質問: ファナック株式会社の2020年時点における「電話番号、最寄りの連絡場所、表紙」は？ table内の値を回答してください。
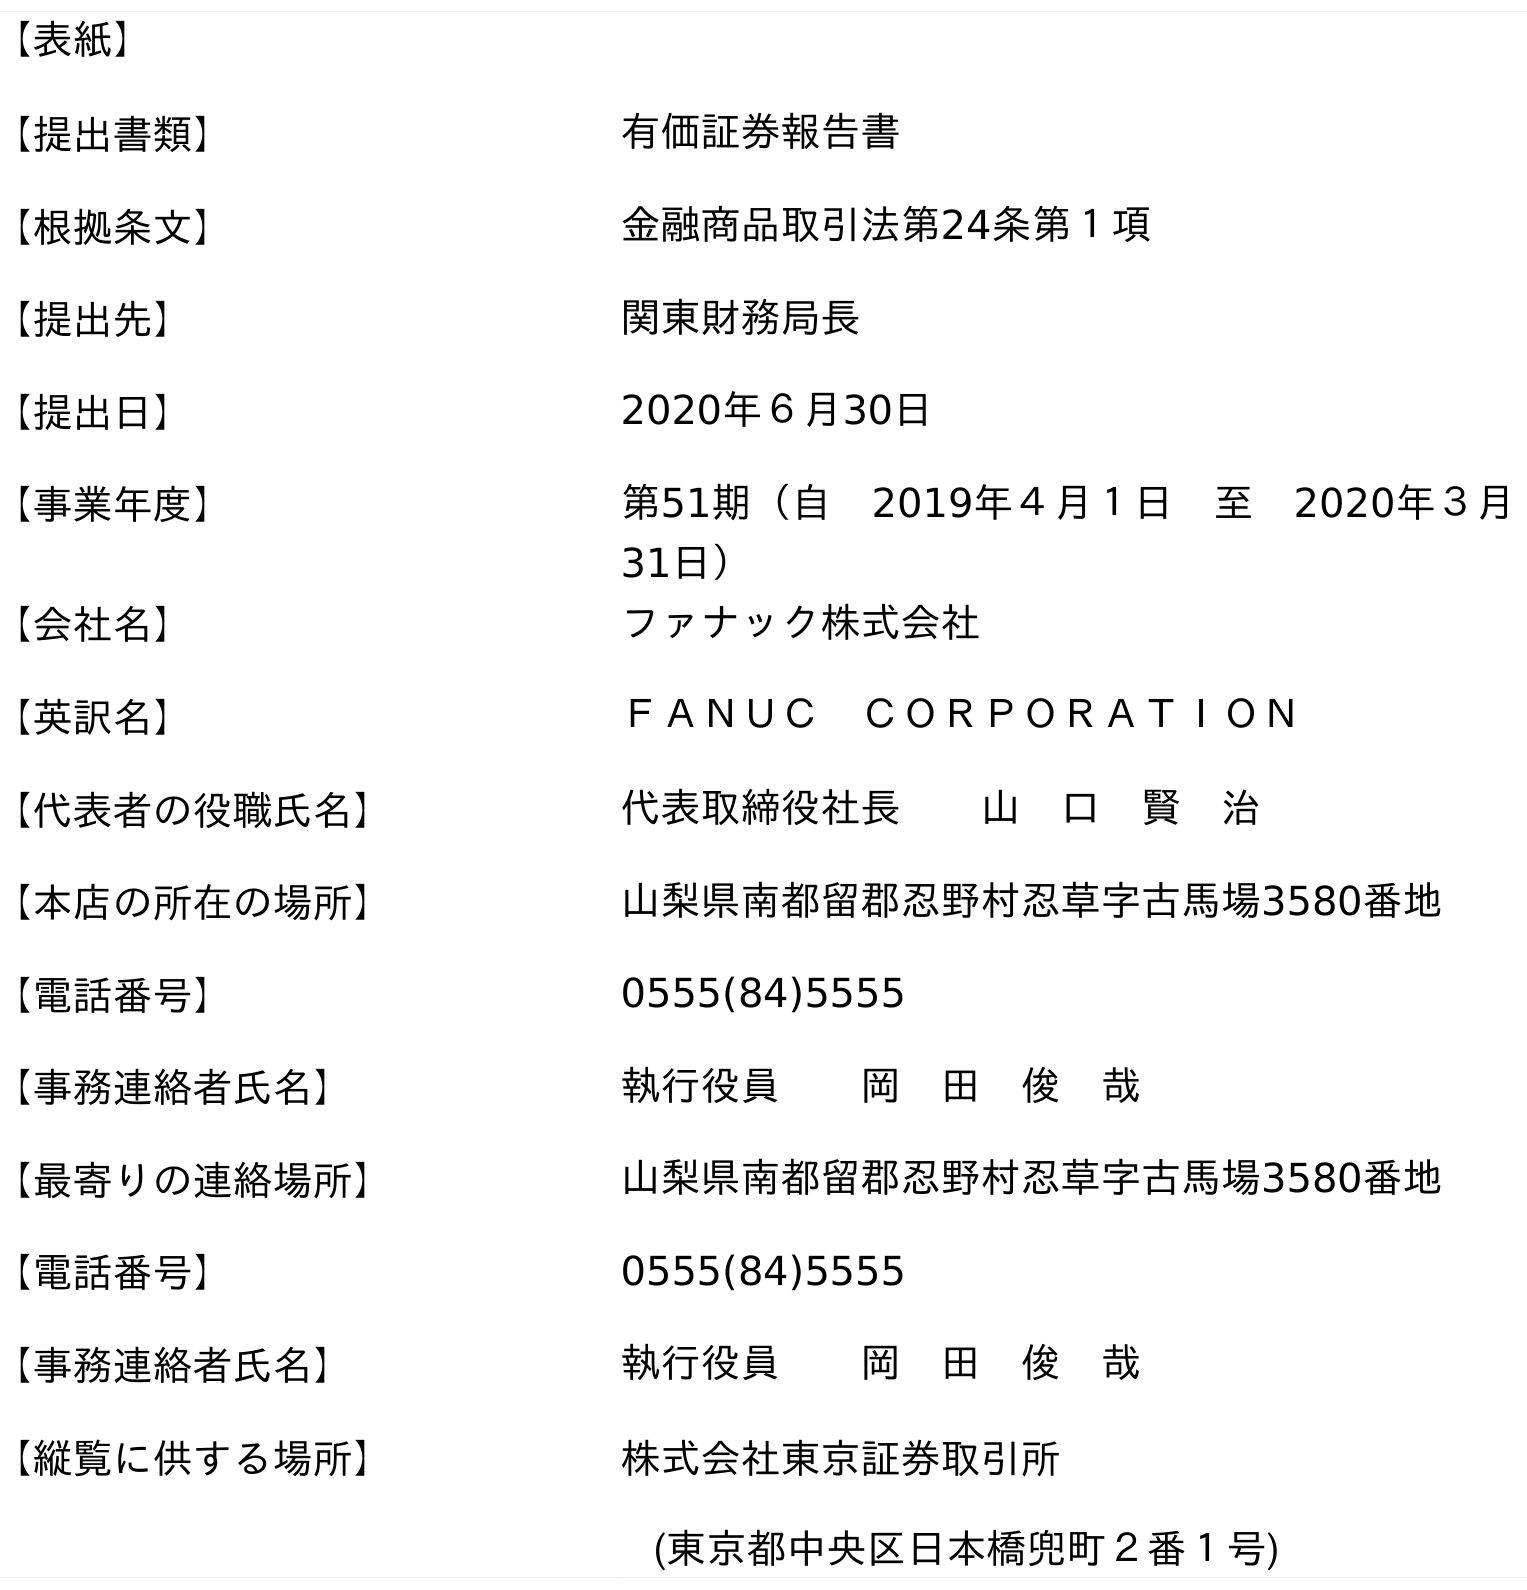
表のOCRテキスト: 【表紙】 【提出書類】 有価証券報告書 【根拠条文】 金融商品取引法第24条第１項 【提出先】 関東財務局長 【提出日】 2020年６月30日 【事業年度】 第51期（自 2019年４月１日 至 2020年３月 31日） 【会社名】 ファナック株式会社 【英訳名】 ＦＡＮＵＣ ＣＯＲＰＯＲＡＴＩＯＮ 【代表者の役職氏名】 代表取締役社長  山 口 賢 治 【本店の所在の場所】 山梨県南都留郡忍野村忍草字古馬場3580番地 【電話番号】 0555(84)5555 【事務連絡者氏名】 執行役員  岡 田 俊 哉 【最寄りの連絡場所】 山梨県南都留郡忍野村忍草字古馬場3580番地 【電話番号】 0555(84)5555 【事務連絡者氏名】 執行役員  岡 田 俊 哉 【縦覧に供する場所】 株式会社東京証券取引所 (東京都中央区日本橋兜町２番１号)
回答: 0555(84)5555